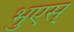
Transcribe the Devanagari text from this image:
भुएस्‌